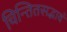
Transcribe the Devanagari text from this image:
चिन्तितसद्भावं